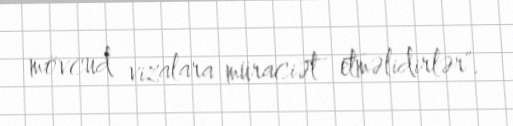
mövcud vizalara müraciət etməlidirlər".